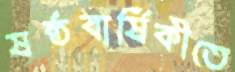
ষষ্ঠবার্ষিকীতে